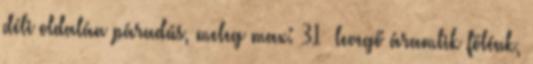
déli oldalán páradús, meleg max: 31° levegő áramlik fölénk,